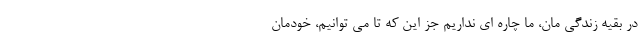
در بقیه زندگی مان، ما چاره ای نداریم جز این که تا می توانیم، خودمان